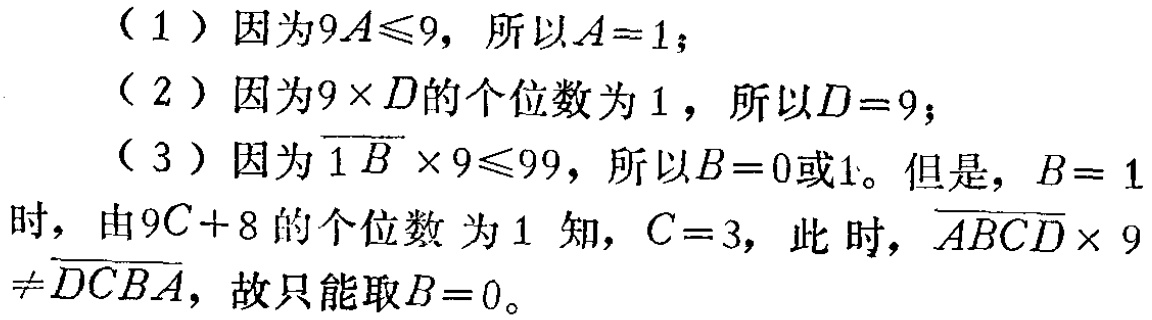
（1）因为\(9A\leqslant9\)，所以\(A = 1\)；

（2）因为\(9\times D\)的个位数为\(1\)，所以\(D = 9\)；

（3）因为\(\overline{1B}\times9\leqslant99\)，所以\(B = 0\)或\(1\)。但是，\(B = 1\)时，由\(9C + 8\)的个位数为\(1\)知，\(C = 3\)，此时，\(\overline{ABCD}\times9\neq\overline{DCBA}\)，故只能取\(B = 0\)。